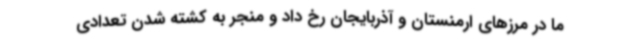
ما در مرزهای ارمنستان و آذربایجان رخ داد و منجر به کشته شدن تعدادی